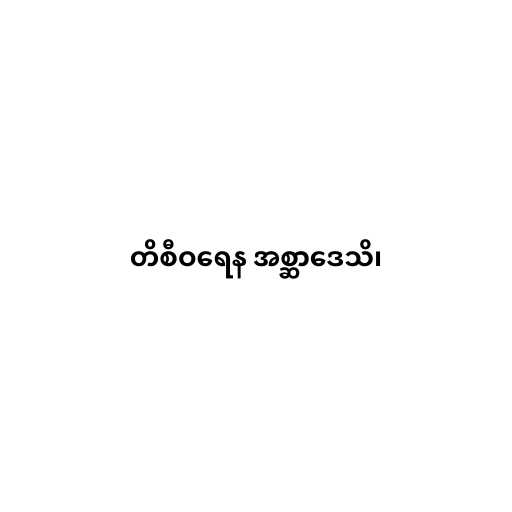
တိစီဝရေန အစ္ဆာဒေသိ၊